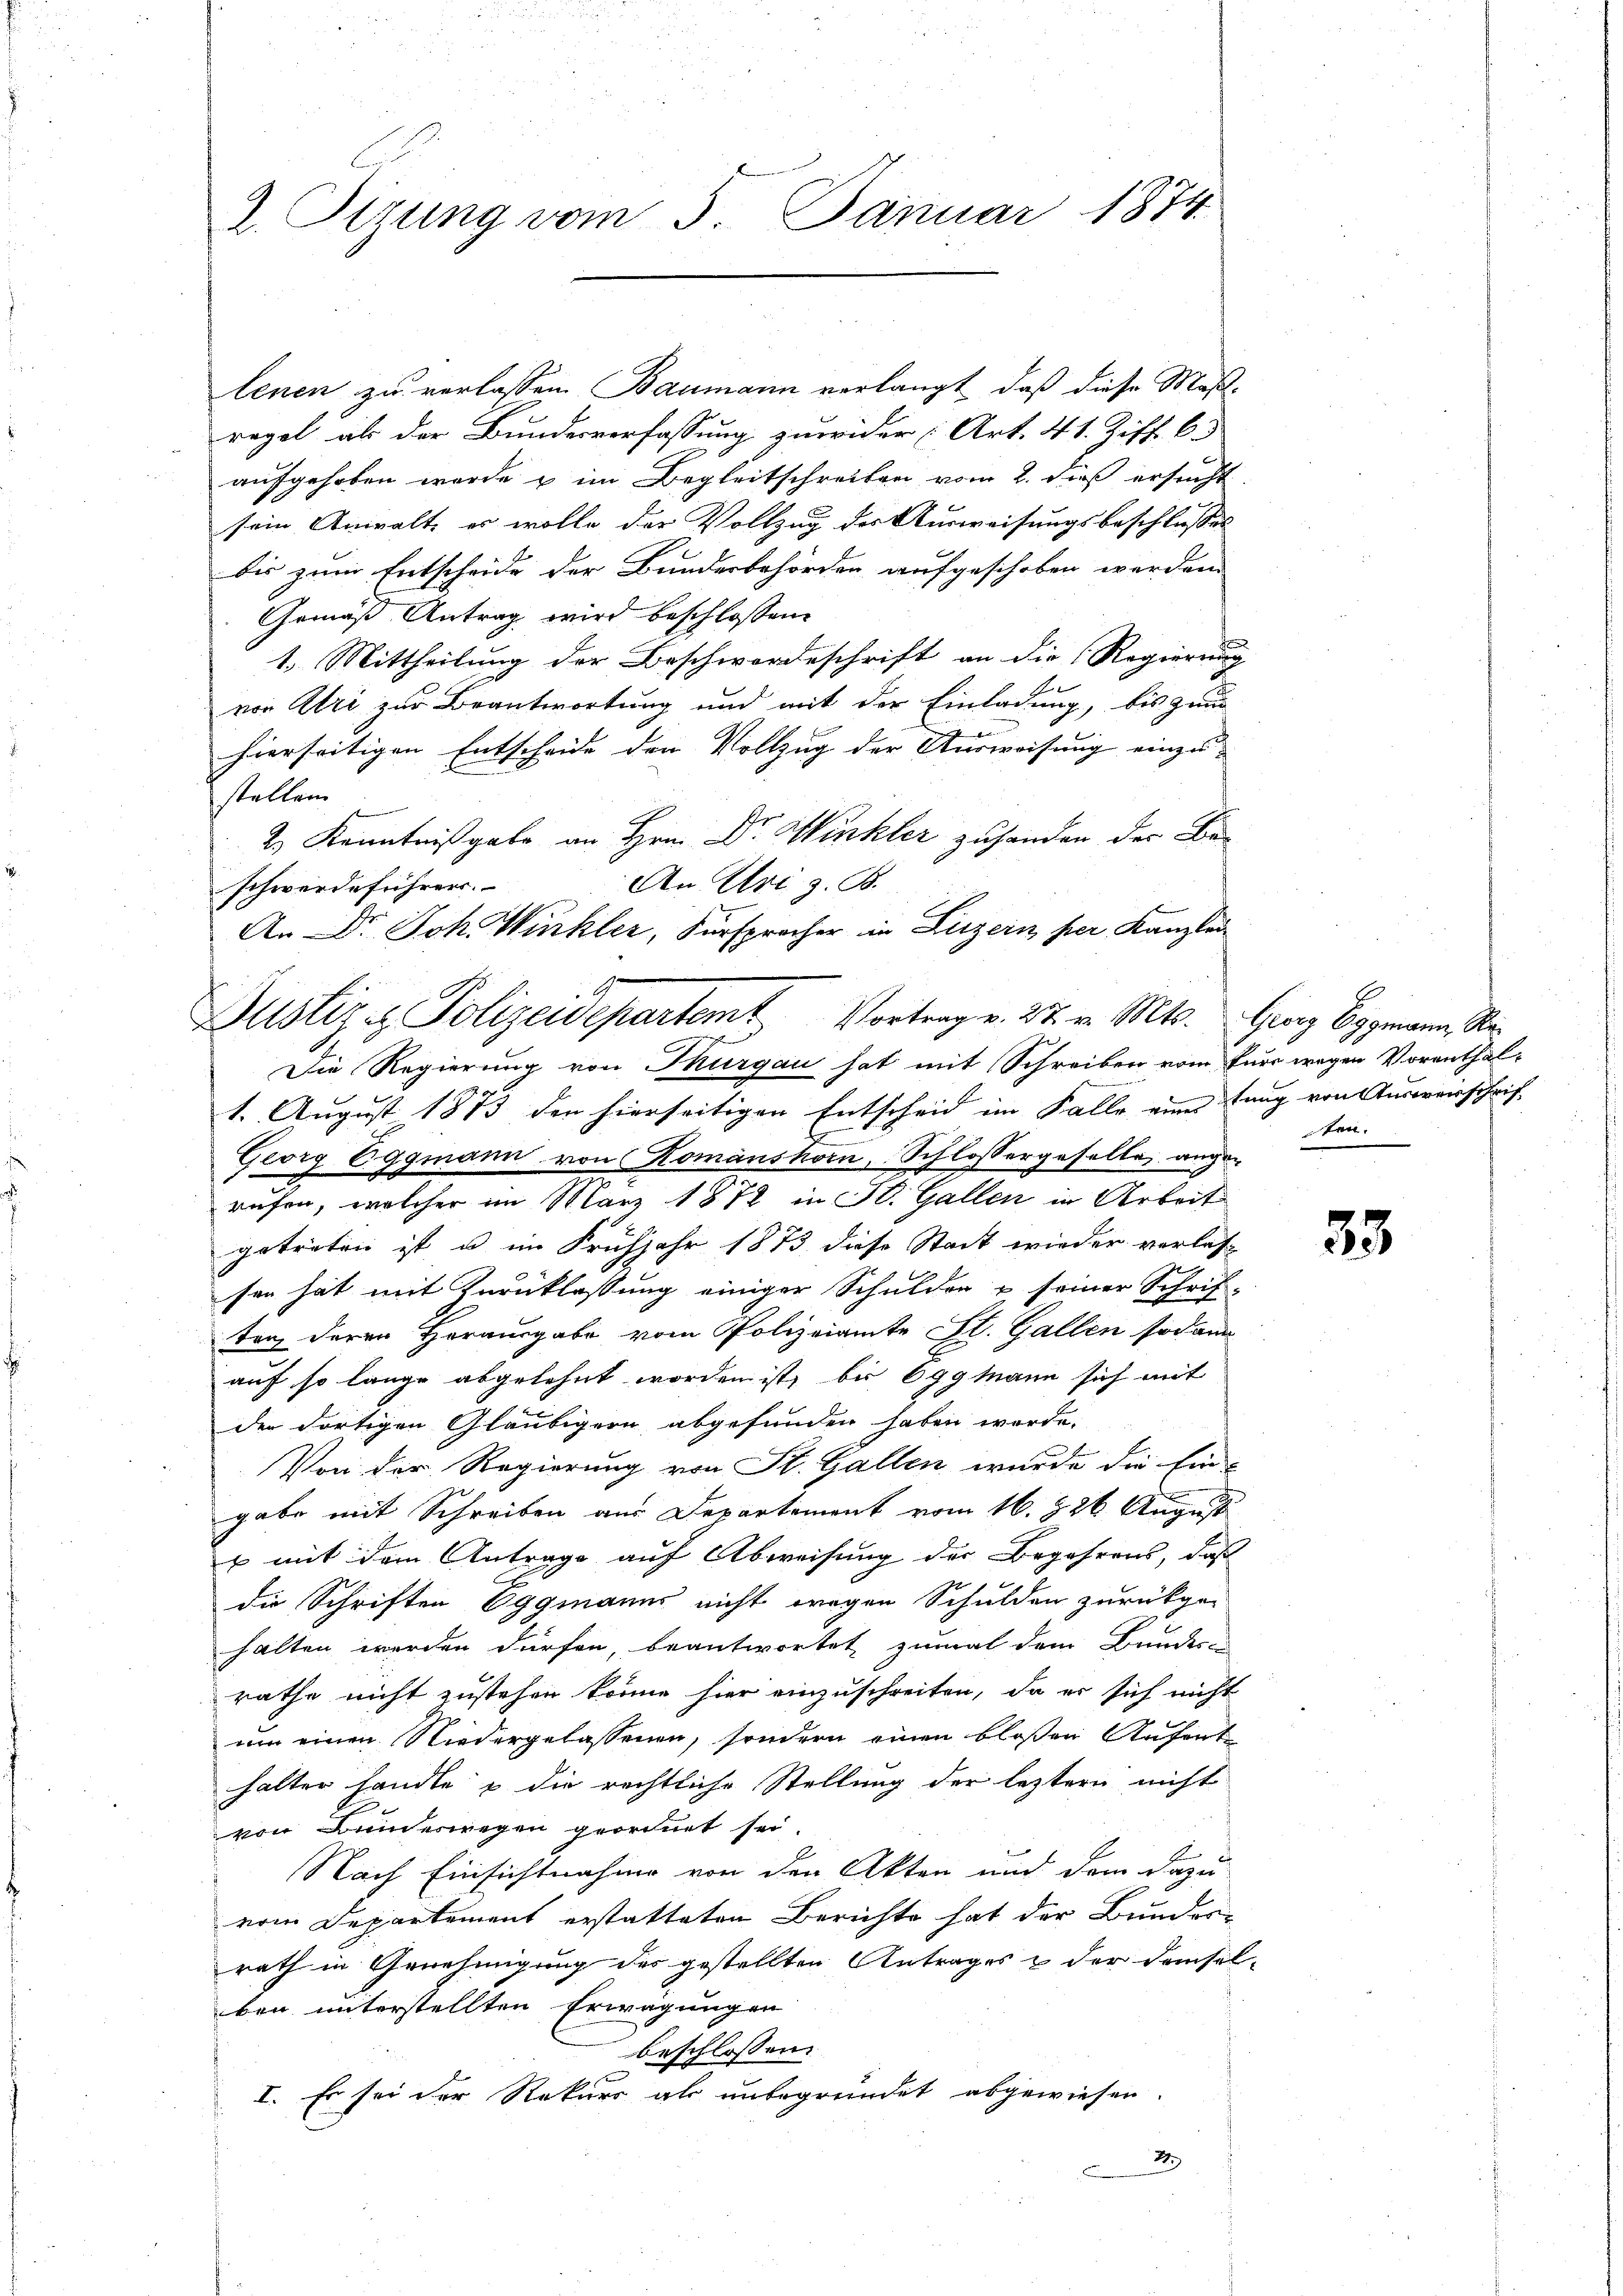
2. Tizung vom 5. Januar 1874

lenen zu verlassen Baumann verlangt, daß diese Maßregel als der Bundesverfassung zuwider Art. 41. Ziff. 6.
aufgehoben wurde & im Begleitschreiben vom 2. dieß ersucht.
sein Anwalt, er wolle der Vollzug des Ausweisungsbeschlusses
bis zum Entscheide der Bundesbehörden aufgeschoben werden.
Gemäß Antrag wird beschlossene
1. Mittheilung der Beschwordeschrift an die Regierung
von Uri zur Beantwortung und mit der Einladung, bis zum
e
hierseitigen Entscheide den Vollzug der Ausweisung einzu-
stellen
2.) Kenntnißgabe an Hrn. Dr. Winkler zuhanden des Be¬
An Uri z. B.
schwerdeführen.
An Dr. Joh. Winkler, Fürsprocher in Luzern per Kanzlei
Die Regierung von Thurgau hat mit Schreiben vom Euer wegen Vorenthal-
e
1. August 1873 den hierseitigen Entscheid im Falle eine Lang von Auswerschrift
Georg Eggmann von Komanshorn, Schlossergeselle angerufen, welcher im März 1872 in St. Gallen in Arbeit
getreten ist, u im Frühjahr 1873 diese Stadt wieder verlas
sen hat mit Zurücklassung einiger Schulden u seiner Schrif-
ten deren Herausgabe vom Polizeiamte St. Gallen sodann
auf so lange abgelehnt worden ist, bis 6ggmann sich mit
der dortigen Gläubigern abgefunden haben werde.
Von der Regierung von St. Gallen wurde die Ein-
gabe mit Schreiben aus Departement vom 16. 826 August
x mit dem Antrage auf Abweisung der Begehrens, daß
die Schriften Eggmanns nicht wegen Schulden zurückge-
halten werden dürfen, beantwortet zumal dem Bundes-
rathe nicht zustehen könne hier einzuschreiten, da er sich nicht
un einen Niedergelassenen, sondern einen bloßen Aufent
halter handle & die rechtliche Stellung der leztern nicht
von Bundeswegen geordnet sei.
Nach Einsichtnahme von den Akten und dem dazu
vom Departement erstatteten Berichte hat der Bundes-
rath in Genehmigung des gestellten Antrages & der demsel-
ben unterstellten Erwägungen
beschlossen:
I. Es sei der Rekurs als unbegründet abgewiesen.
2

Justiz- & Polizeidepartemt Vortrage. 27. v. Mts. Grenz Eggmann, Na¬

ten.

35